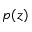
p ( z )